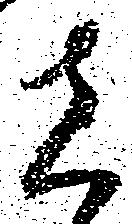
者